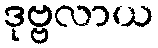
ဒုဗ္ဗလာယ